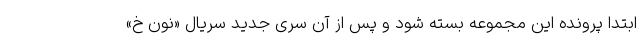
ابتدا پرونده این مجموعه بسته شود و پس از آن سری جدید سریال «نون خ»